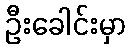
ဦးခေါင်းမှာ